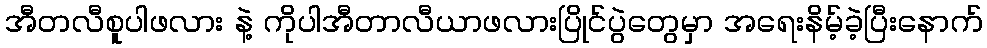
အီတလီစူပါဖလား နဲ့ ကိုပါအီတာလီယာဖလားပြိုင်ပွဲတွေမှာ အရေးနိမ့်ခဲ့ပြီးနောက်